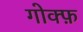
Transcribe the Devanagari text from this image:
गोक्फ़